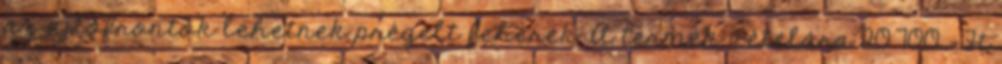
az ajtófrontok lehetnek prégelt fehérek. A termék vételára 20.700.-Ft